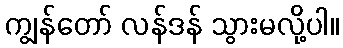
ကျွန်တော် လန်ဒန် သွားမလို့ပါ။